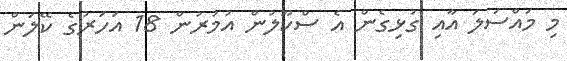
މި މައްސަލަ އާއި ގުޅިގެން އެ ސްކޫލުން އުމުރުން 18 އަހަރުގެ ކޭލަން